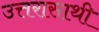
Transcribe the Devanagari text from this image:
उत्तरासाथी